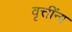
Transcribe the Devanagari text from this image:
वृत्तींना